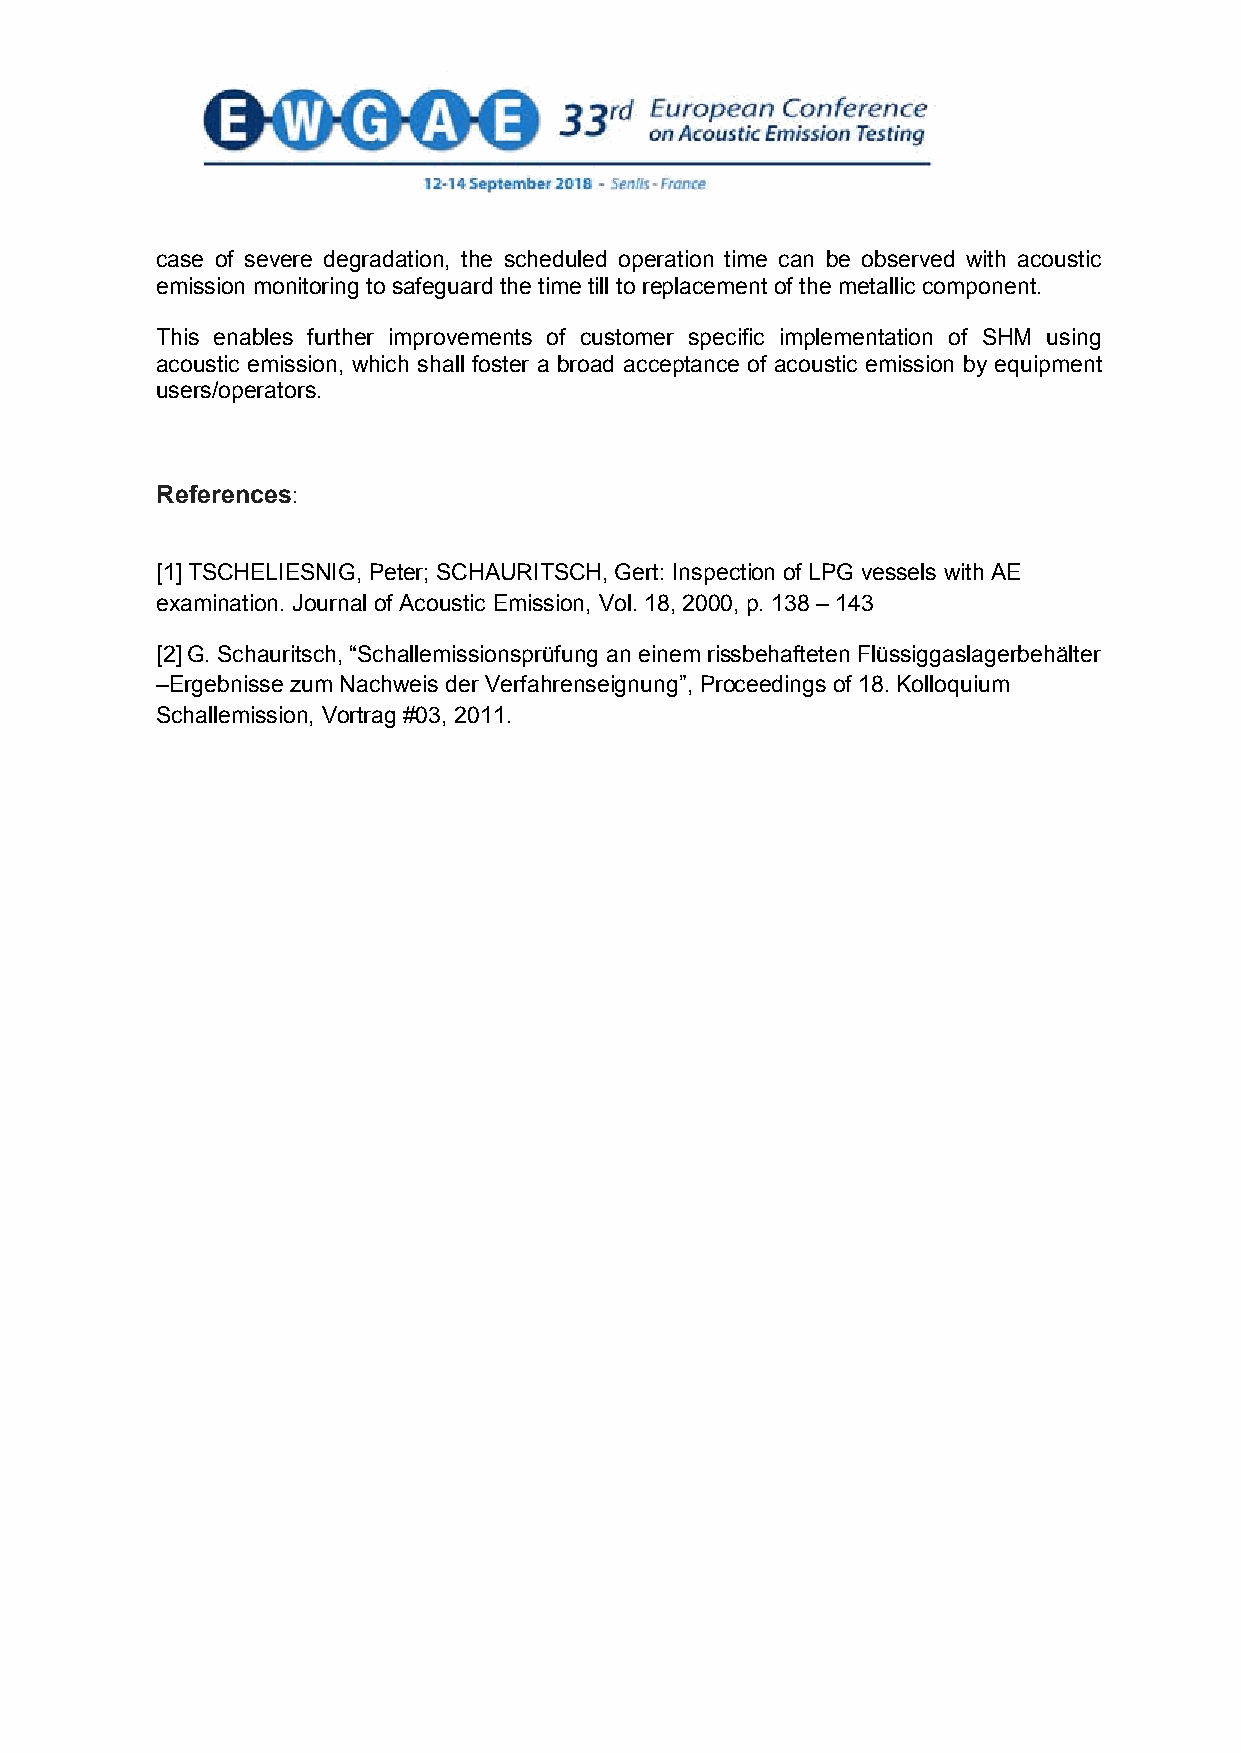
case of severe degradation, the scheduled operation time can be observed with acoustic
 emission monitoring to safeguard the time till to replacement of the metallic component.
 This enables further improvements of customer specific implementation of SHM using
 acoustic emission, which shall foster a broad acceptance of acoustic emission by equipment
 users/operators.
 References:
 [1] TSCHELIESNIG, Peter; SCHAURITSCH, Gert: Inspection of LPG vessels with AE
 examination. Journal of Acoustic Emission, Vol. 18, 2000, p. 138 – 143
 [2] G. Schauritsch, “Schallemissionsprüfung an einem rissbehafteten Flüssiggaslagerbehälter
 –Ergebnisse zum Nachweis der Verfahrenseignung”, Proceedings of 18. Kolloquium
 Schallemission, Vortrag #03, 2011.
 8